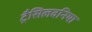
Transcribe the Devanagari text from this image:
ट्रैसिलवनिया